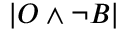
\vert O \land \neg B \vert